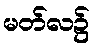
မတ်လ၌